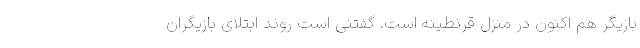
بازیگر هم اکنون در منزل قرنطینه است. گفتنی است روند ابتلای بازیگران